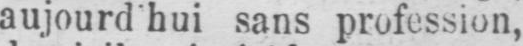
aujourd hui sans profession,